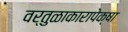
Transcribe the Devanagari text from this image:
वर्तुळाकारापेक्षा